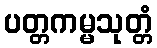
ပတ္တကမ္မသုတ္တံ